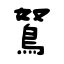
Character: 鴑